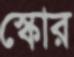
স্কোর